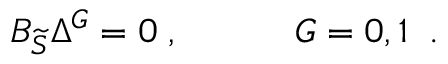
{ \cal B } _ { \widetilde { { \cal S } } } \Delta ^ { G } = 0 \; , \; \; \; \; \; \; \; \; \; \; \; G = 0 , 1 \; \; .